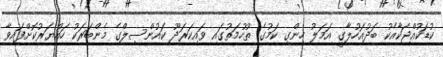
ކުޑަކުއްޖަކާއެކު ބަދުއަހުލާގީ އަމަލު ހިންގި ކަމުގެ ތުހުމަތުގައި ވައިކަރަދޫ ކައުންސިލްގެ މެންބަރަކު ހައްޔަރުކޮށްފައިވާ